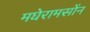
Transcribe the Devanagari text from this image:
मघेरामसोंन